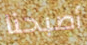
أصبحنا